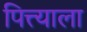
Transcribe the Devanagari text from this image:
पित्त्याला